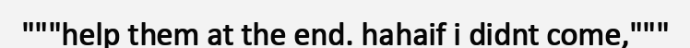
"""help them at the end. hahaif i didnt come,"""